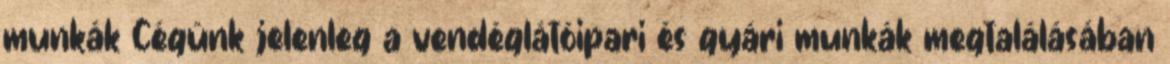
munkák Cégünk jelenleg a vendéglátóipari és gyári munkák megtalálásában